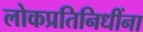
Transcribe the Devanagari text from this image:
लोकप्रतिनिधींना